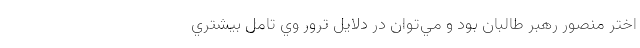
اختر منصور رهبر طالبان بود و مي‌توان در دلايل ترور وي تامل بيشتري